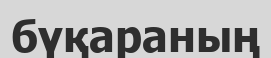
бүқараның